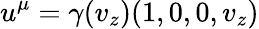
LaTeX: u^{\mu}=\gamma(v_{z})(1,0,0,v_{z})